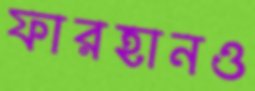
ফারহানও